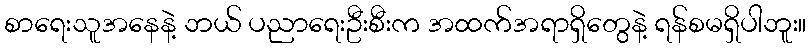
စာရေးသူအနေနဲ့ ဘယ် ပညာရေးဦးစီးက အထက်အရာရှိတွေနဲ့ ရန်စမရှိပါဘူး။